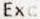
EXC